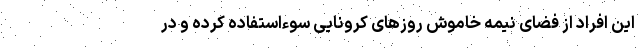
این افراد از فضای نیمه خاموش روزهای کرونایی سوءاستفاده کرده و در